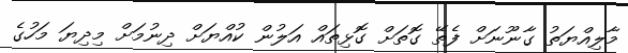
މާލިއްޔަތު ގާނޫނަށް ފެތޭ ގޮތަށް ގޮޅިތައް އަލުން ކުއްޔަށް ދިނުމަށް މިދިޔަ މަހުގެ